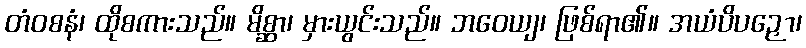
တံဝစနံ၊ ထိုစကားသည်။ မိစ္ဆာ၊ မှားယွင်းသည်။ ဘဝေယျ၊ ဖြစ်ရာ၏။ အယံပိပဉှော၊